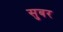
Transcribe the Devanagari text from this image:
सुबर